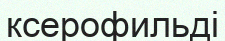
ксерофильді